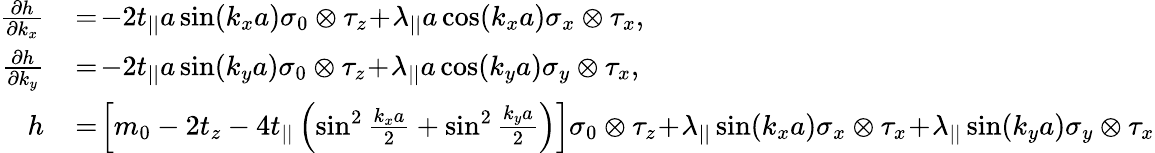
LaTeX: \begin{array}{rl}{\frac{\partial h}{\partial k_{x}}}&{{}\! =\! -2t_{||}a\sin(k_{x}a)\sigma_{0}\otimes\tau_{z}\! +\! \lambda_{||}a\cos(k_{x}a)\sigma_{x}\otimes\tau_{x},}\\ {\frac{\partial h}{\partial k_{y}}}&{{}\! =\! -2t_{||}a\sin(k_{y}a)\sigma_{0}\otimes\tau_{z}\! +\! \lambda_{||}a\cos(k_{y}a)\sigma_{y}\otimes\tau_{x},}\\ {h}&{{}\! =\! \left[m_{0}-2t_{z}-4t_{||}\left(\sin^{2}\frac{k_{x}a}{2}+\sin^{2}\frac{k_{y}a}{2}\right)\right]\sigma_{0}\otimes\tau_{z}\! +\! \lambda_{||}\sin(k_{x}a)\sigma_{x}\otimes\tau_{x}\! +\! \lambda_{||}\sin(k_{y}a)\sigma_{y}\otimes\tau_{x}}\end{array}